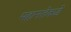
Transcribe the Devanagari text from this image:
महानतेकडे